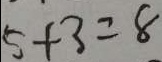
5 + 3 = 8